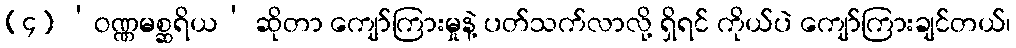
(၄) ‘ဝဏ္ဏမစ္ဆရိယ’ ဆိုတာ ကျော်ကြားမှုနဲ့ ပတ်သက်လာလို့ ရှိရင် ကိုယ်ပဲ ကျော်ကြားချင်တယ်၊